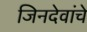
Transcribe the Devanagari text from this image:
जिनदेवांचे